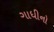
ગાધીનો